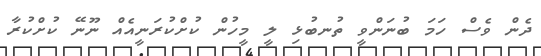
ދެން ވެސް ހަމަ ބުނަންވީ ތުނބުޅި ލީ މީހުން ކުށްކުރަނީއެއް ނޫނޭ ކުށްކުރާ